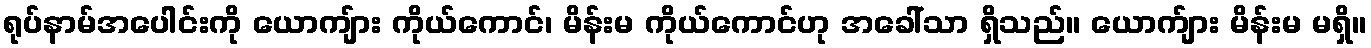
ရုပ်နာမ်အပေါင်းကို ယောကျ်ား ကိုယ်ကောင်၊ မိန်းမ ကိုယ်ကောင်ဟု အခေါ်သာ ရှိသည်။ ယောက်ျား မိန်းမ မရှိ။